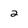
Character: 2